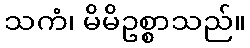
သကံ၊ မိမိဥစ္စာသည်။